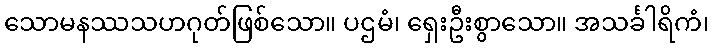
သောမနဿသဟဂုတ်ဖြစ်သော။ ပဌမံ၊ ရှေးဦးစွာသော။ အသင်္ခါရိကံ၊